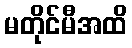
မတိုင်မီအထိ